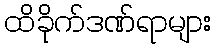
ထိခိုက်ဒဏ်ရာများ